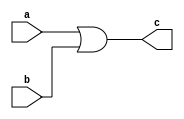
// This program was cloned from: https://github.com/tangxifan/micro_benchmark
// License: MIT License

/////////////////////////////////////////
//  Functionality: 2-input OR 
////////////////////////////////////////
`timescale 1ns / 1ps

module or2(
  a,
  b,
  c);

input wire a;
input wire b;
output wire c;

assign c = a | b;

endmodule